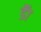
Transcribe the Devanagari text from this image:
डॅा